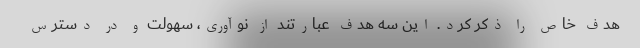
هدف خاص را ذکر کرد. این سه هدف عبارتند از نوآوری، سهولت و در دسترس